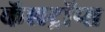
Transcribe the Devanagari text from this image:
कॅलट्रॉप्स